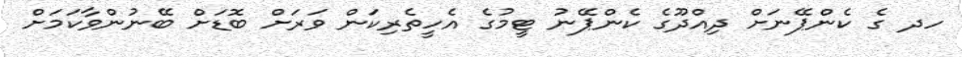
ހދ ގެ ކެންޕޭނަށް ދިއްދޫގެ ކެންޕޭނު ޓީމުގެ އެހީތެރިކަން ވަރަށް ބޮޑަށް ބޭނުންވާކަމަށް